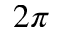
2 \pi